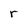
Character: r